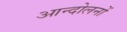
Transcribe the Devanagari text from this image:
आन्‍दोलनों